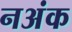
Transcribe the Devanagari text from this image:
नअंक